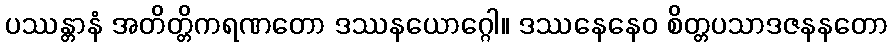
ပဿန္တာနံ အတိတ္တိကရဏတော ဒဿနယောဂ္ဂေါ။ ဒဿနေနေဝ စိတ္တပသာဒဇနနတော